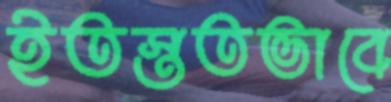
ইতস্ততভাবে